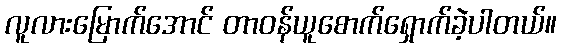
လူလားမြောက်အောင် တာဝန်ယူစောက်ရှောက်ခဲ့ပါတယ်။